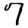
Digit: 7